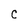
Character: C